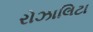
રોઝાલિટા